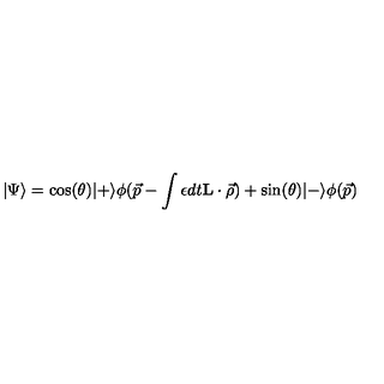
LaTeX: | \Psi \rangle = \cos ( \theta ) | + \rangle \phi ( \vec { p } - \int \epsilon d t { \bf L } \cdot \vec { \rho } ) + \sin ( \theta ) | - \rangle \phi ( \vec { p } )